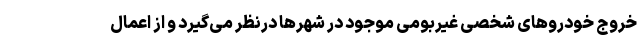
خروج خودروهای شخصی غیربومی موجود در شهرها درنظر می‌گیرد و از اعمال